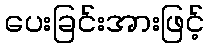
ပေးခြင်းအားဖြင့်